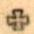
+